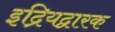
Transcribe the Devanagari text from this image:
इद्रियद्वारक